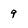
Character: 9